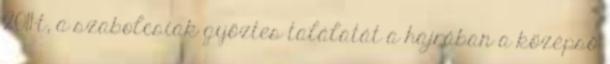
2011-t, a szabolcsiak győztes találatát a hajrában a középső